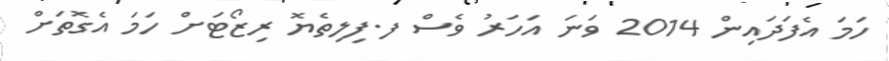
ހަމަ އެފަދައިން 2014 ވަނަ އަހަރު ވެސް ފ.ފިލިތެޔޮ ރިޒޯޓަށް ހަމަ އެގޮތަށް